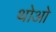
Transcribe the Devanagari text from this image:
थोआे